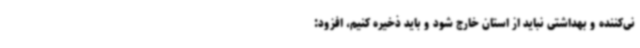
نی‌کننده و بهداشتی نباید از استان خارج شود و باید ذخیره کنیم، افزود: